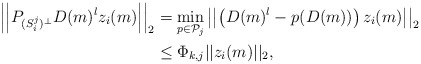
\begin{align*} \left| \left| P_{(S_i^j)^\perp} D(m)^{l} z_i(m) \right| \right|_2 & = \min_{p \in {\cal P}_j} \left| \left| \left( D(m)^l - p(D(m)) \right) z_i(m) \right| \right|_2 \\& \leq \Phi_{k,j} ||z_i(m)||_2,\end{align*}